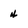
Character: 4